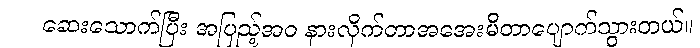
ဆေးသောက်ပြီး အပြည့်အဝ နားလိုက်တာအအေးမိတာပျောက်သွားတယ်။